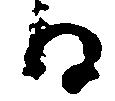
る